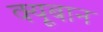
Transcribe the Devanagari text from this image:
क्यूबान